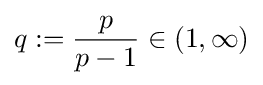
q:={\frac {p}{p-1}}\in (1,\infty )